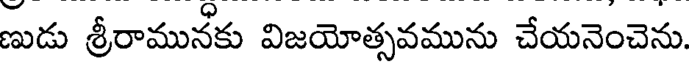
ణుడు శ్రీరామునకు విజయోత్సవమును చేయనెంచెను.